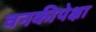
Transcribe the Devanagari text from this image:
वनकीपेक्षा